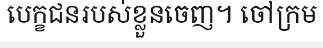
បេក្ខជនរបស់ខ្លួនចេញ។ ចៅក្រម